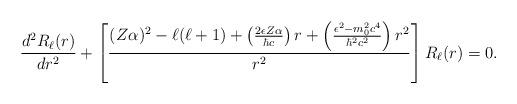
LaTeX: \begin{align*}\frac{d^2R_\ell(r)}{dr^2}+\left[\frac{(Z\alpha)^2-\ell(\ell+1)+\left(\frac{2\epsilon Z\alpha}{\hbar c}\right)r+\left(\frac{\epsilon^2-m_0^2c^4}{\hbar^2c^2}\right)r^2}{r^2}\right]R_\ell(r)=0.\end{align*}